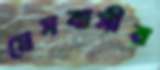
মেসবাসীর